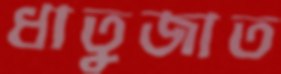
ধাতুজাত